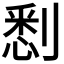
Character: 𠞹